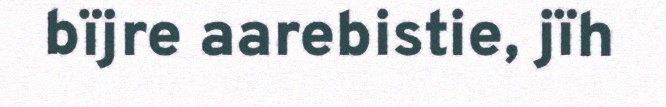
bïjre aarebistie, jïh